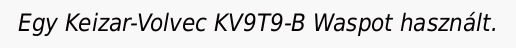
Egy Keizar-Volvec KV9T9-B Waspot használt.